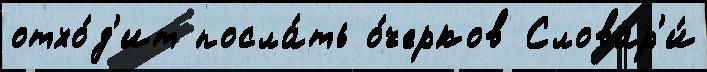
отхо́д'ит посла́ть о́черков Словар'и́